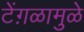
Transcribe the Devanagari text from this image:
टेंग़ळामुळे